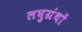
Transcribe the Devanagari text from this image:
लघुग्रंथों